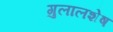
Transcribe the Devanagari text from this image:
गुलालशेष